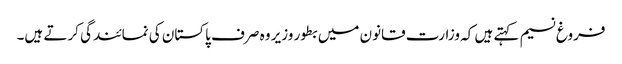
فروغ نسیم کہتے ہیں کہ وزارت قانون میں بطور وزیر وہ صرف پاکستان کی نمائندگی کرتے ہیں۔